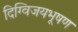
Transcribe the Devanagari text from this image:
दिग्विजयभूषण